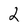
Character: 2